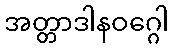
အတ္တာဒါနဝဂ္ဂေါ